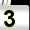
Digit: 3